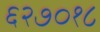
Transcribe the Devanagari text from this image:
६२७०१८